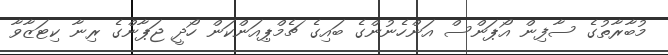
މުބާރާތުގެ ސާފިން އޯޕަންސް އަންހެނުންގެ ބައިގެ ޗެމްޕިއަންކަން ހޯދީ ޖަޕާންގެ ރިނާ ކިޓަޒާވާ